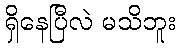
ရှိနေပြီလဲ မသိဘူး